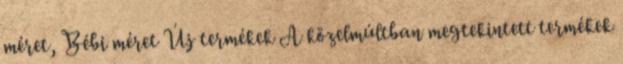
méret, Bébi méret Új termékek A közelmúltban megtekintett termékek